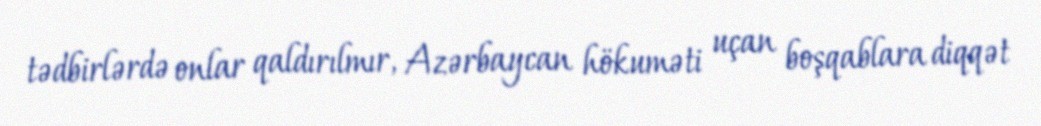
tədbirlərdə onlar qaldırılmır, Azərbaycan hökuməti uçan boşqablara diqqət